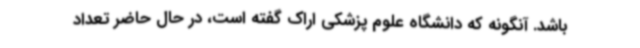
باشد. آنگونه که دانشگاه علوم پزشکی اراک گفته است، در حال حاضر تعداد